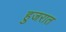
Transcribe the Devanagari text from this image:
हुजरात